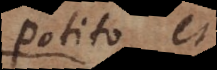
potito, et